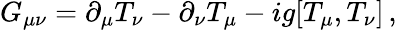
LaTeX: G_{\mu\nu}=\partial_{\mu}T_{\nu}-\partial_{\nu}T_{\mu}-ig[T_{\mu},T_{\nu}]\, ,